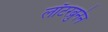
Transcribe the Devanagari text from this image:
लॉटरब्रुनेन